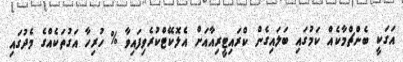
އަގަކީ ބެންޗްމާކެއް ކަމުގައި ބަލައިގެން ކްރައިޓީރިއާއަށް އެލޮކޭޓްކުރެވިފައިވާ % ހުރިހާ އަގުތަކެއްގެ މެދުގައި